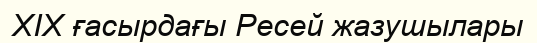
XIX ғасырдағы Ресей жазушылары